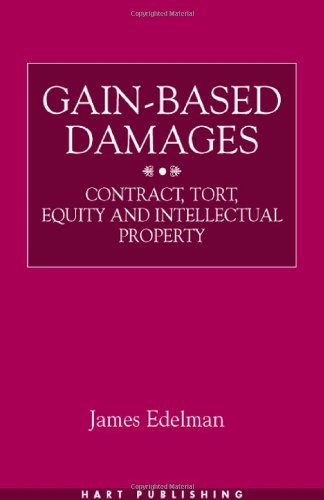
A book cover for Gain-Based Damages: Contract Tort Equity and Intellectual Property; James Edelman; Law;